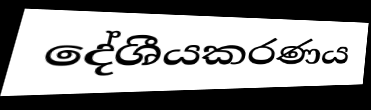
දේශීයකරණය